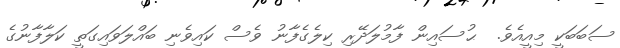
ސަބަބަކީ މިއީއެވެ.  ޙުސައިން ފާމުލަދޭރި ކިލެގެފާނު ވެސް ކައިވެނި ބައްލަވައިގަތީ ކަލާފާނުގެ